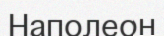
Наполеон